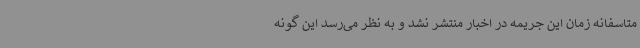
متاسفانه زمان این جریمه در اخبار منتشر نشد و به نظر می‌رسد این گونه